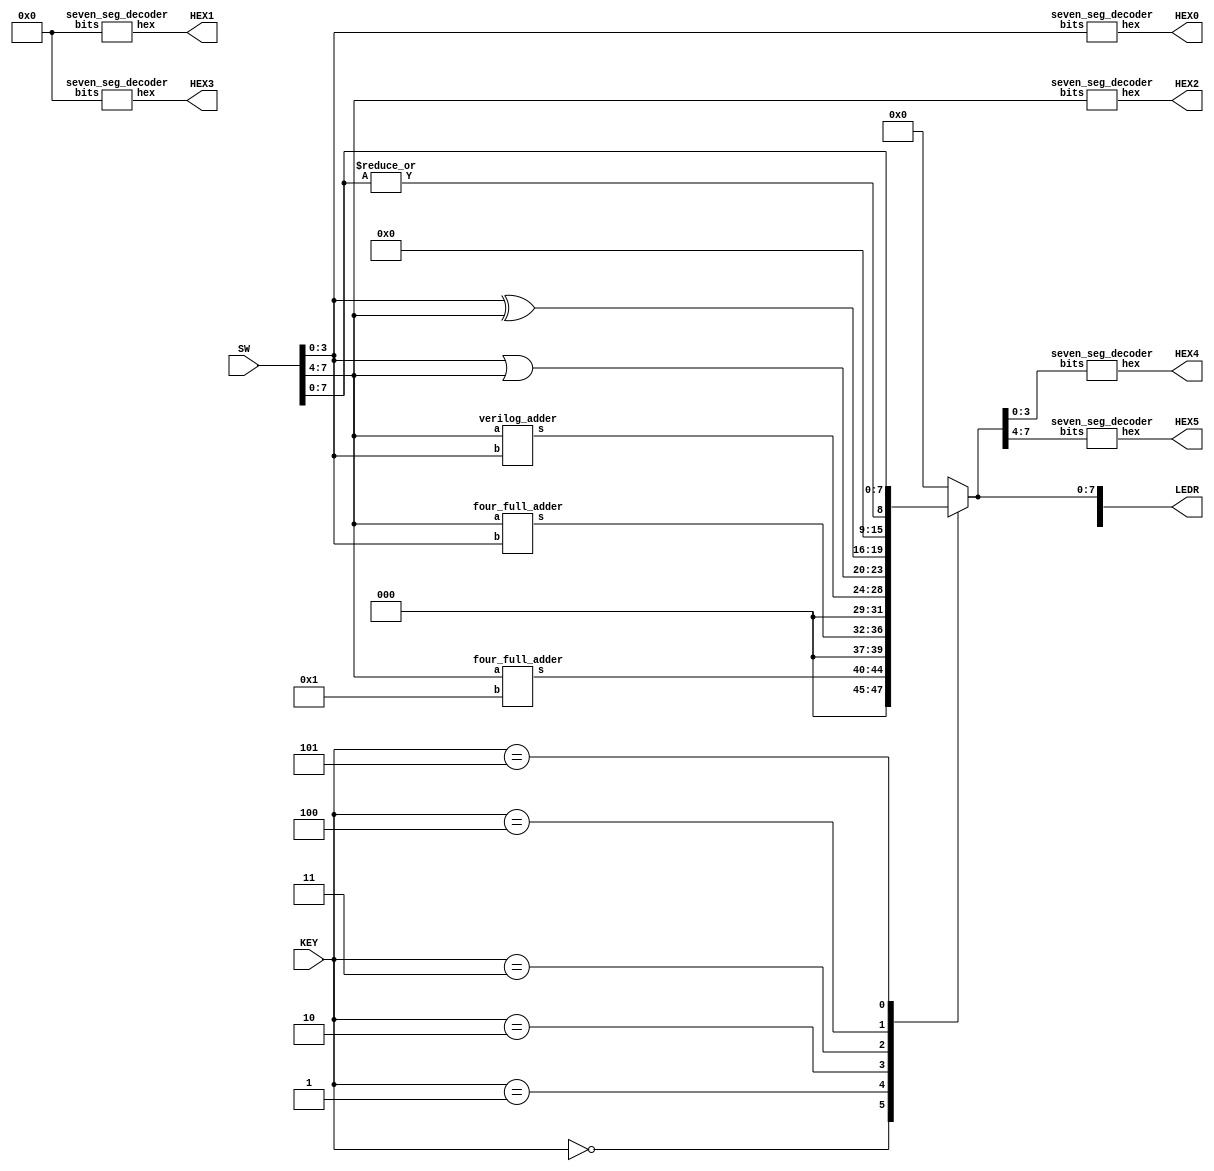
module ALU(SW, KEY, LEDR, HEX0, HEX1, HEX2, HEX3, HEX4, HEX5);
	input [9:0] SW; // A & B inputs connect to these switches
	input [2:0] KEY; // function inputs
	output [9:0]LEDR; //Using only [7:0] for ALUout
	output [6:0]HEX0; //Displays value of B
	output [6:0]HEX1; //Set to 0
	output [6:0]HEX2; //Displays value of A
	output [6:0]HEX3; //Set to 0
	output [6:0]HEX4; //Displays ALUout[3:0]
	output [6:0]HEX5; //Displays ALUout[7:4]

	reg [7:0] out; //Temporary output variables, 4 bits each, will combine to make 8 bit output
	wire [4:0] case0, case1, case2; // Includes carry digit
		
	//Case 0
	four_full_adder case_0(
		//Adds 1 to A
			.a(SW[7:4]),
			.b(4'b0001),
			.s(case0)
		);
		
		//Case 1
		four_full_adder case_1(
			//Adds A to B
			.a(SW[7:4]),
			.b(SW[3:0]),
			.s(case1)
		);
		
		//Case 2
		verilog_adder case_2(
			.a(SW[7:4]),
			.b(SW[3:0]),
			.s(case2)
		);
		
		always @(*)
		begin
			case (KEY[2:0])
				3'b000: begin //Case 0
					out = {3'b000, case0[4:0]};
				end
				
				3'b001: begin //Case 1
					out = {3'b000, case1[4:0]};
				end
				
				3'b010: begin //Case 2
					out = {3'b000, case2[4:0]};
				end
				
				3'b011: begin //Case 3
					out = {SW[3:0] | SW[7:4], SW[3:0] ^ SW[7:4]};
				end
				
				3'b100: begin //Case 4
					out = {7'b0000000,| SW[7:0]};
				end
				
				3'b101: begin //Case 5
					out = {SW[7:4], SW[3:0]};
				end
				
				// Default case
				default: begin
					out = {8'b00000000};
				end
			endcase
		end
		assign LEDR[7:0] = out[7:0];
		
		//DISPLAYING A AND B
		seven_seg_decoder H0(
			.bits(SW[3:0]),
			.hex(HEX0[6:0])
		);
		
		
		seven_seg_decoder H2(
			.bits(SW[7:4]),
			.hex(HEX2[6:0])
		);
		
		//0 HEXES
		seven_seg_decoder H1(
			.bits(4'b0000),
			.hex(HEX1[6:0])
		);
		
		seven_seg_decoder H3(
			.bits(4'b0000),
			.hex(HEX3[6:0])
		);
		
		//HEX4 AND HEX5
		seven_seg_decoder H4(
			.bits(out[3:0]),
			.hex(HEX4[6:0])
		);
		
		seven_seg_decoder H5(
			.bits(out[7:4]),
			.hex(HEX5[6:0])
		);
		
		
	endmodule

	//Full adder module
	module four_full_adder(s, a, b);
		input [3:0] a;
		input [3:0] b;
		output [4:0] s;
		wire connection1; //Declare a wire for connection
		wire connection2; //Declare another wire for connection
		wire connection3;
		
		//Block 1
		full_adder block1(
			.A(a[0]),
			.B(b[0]),
			.cin(1'b0), 
			.S(s[0]),
			.cout(connection1)
		);
		
		//Block 2
		full_adder block2(
			.A(a[1]),
			.B(b[1]),
			.cin(connection1), 
			.S(s[1]),
			.cout(connection2)
		);
		
		//Block 3
		full_adder block3(
			.A(a[2]),
			.B(b[2]),
			.cin(connection2), 
			.S(s[2]),
			.cout(connection3)
		);
		
		//Block 4
		full_adder block4(
			.A(a[3]),
			.B(b[3]),
			.cin(connection3), 
			.S(s[3]),
			.cout(s[4])
		);
		

	endmodule

	//Full adder sub circuit
	module full_adder(S, cout, A, B, cin);
		input A, B, cin;
		output S, cout;
		
		assign S = A^B^cin;
		assign cout = (A&B) | (cin & (A^B));
	endmodule

	// Verilog adder for case 2
	module verilog_adder(s, a, b);
		input [3:0] a;
		input [3:0] b;
		output [4:0] s;
		
		assign s[4:0] = a + b;

	endmodule

	//Seven augment decoder for inputs from 0-F (Hexadecimal)
	module seven_seg_decoder(bits, hex);
		input [3:0]bits; //4 inputs, represents bits
		output [6:0]hex; //7 segement Hex decoder
		
		assign hex[0] = (~bits[3] & ~bits[2] & ~bits[1] & bits[0]) | (~bits[3] & bits[2] & ~bits[1] & ~bits[0]) | (bits[3] & bits[2] & ~bits[1] & bits[0]) | (bits[3] & ~bits[2] & bits[1] & bits[0]);
		assign hex[1] = (bits[3] & bits[1] & bits[0]) | (bits[2] & bits[1] & ~bits[0]) | (~bits[3] & bits[2] & ~bits[1] & bits[0]) | (bits[3] & bits[2] & ~bits[1] & ~bits[0]);
		assign hex[2] = (bits[3] & bits[2] & bits[1]) | (~bits[3] & ~bits[2] & bits[1] & ~bits[0]) | (bits[3] & bits[2] & ~bits[1] & ~bits[0]);
		assign hex[3] = (bits[2] & bits[1] & bits[0]) | (~bits[2] & ~bits[1] & bits[0]) | (~bits[3] & bits[2] & ~bits[1] & ~bits[0]) | (bits[3] & ~bits[2] & bits[1] & ~bits[0]);
		assign hex[4] = (~bits[3] & bits[2] & ~bits[1]) | (~bits[2] & ~bits[1] & bits[0]) | (~bits[3] & bits[1] & bits[0]);
		assign hex[5] = (bits[3] & bits[2] & ~bits[1] & bits[0]) | (~bits[3] & bits[1] & bits[0]) | (~bits[3] & ~bits[2] & bits[1]) | (~bits[3] & ~bits[2] & bits[0]);
		assign hex[6] = (~bits[3] & ~bits[2] & ~bits[1]) | (bits[3] & bits[2] & ~bits[1] & ~bits[0]) | (~bits[3] & bits[2] & bits[1] & bits[0]);
		
	endmodule